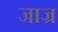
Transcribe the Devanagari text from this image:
जाज्र